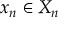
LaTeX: x _ { n } \in X _ { n }